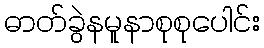
ဓာတ်ခွဲနမူနာစုစုပေါင်း